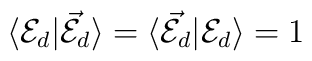
\langle {\cal E}_d|{\cal \vec E}_d\rangle =\langle {\cal \vec E}_d|{\cal E}_d\rangle =1